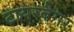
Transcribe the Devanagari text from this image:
टायरबैगर